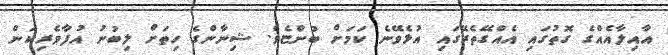
އާއިލާއެއްގެ ގޮތުގައި އެއްގޭތެރޭގައި އުޅެވޭނެ ކަމަށް ބުންޏެވެ. ޝިނާންގެ ހިތަށް ލިބުނު އުފާވެރިކަން